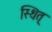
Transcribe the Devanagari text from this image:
स्थित्